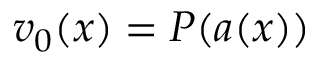
v _ { 0 } ( x ) = P ( a ( x ) )